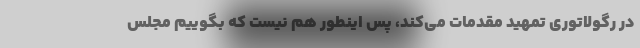
در رگولاتوری تمهید مقدمات می‌کند، پس اینطور هم نیست که بگوییم مجلس